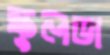
স্কুলডা